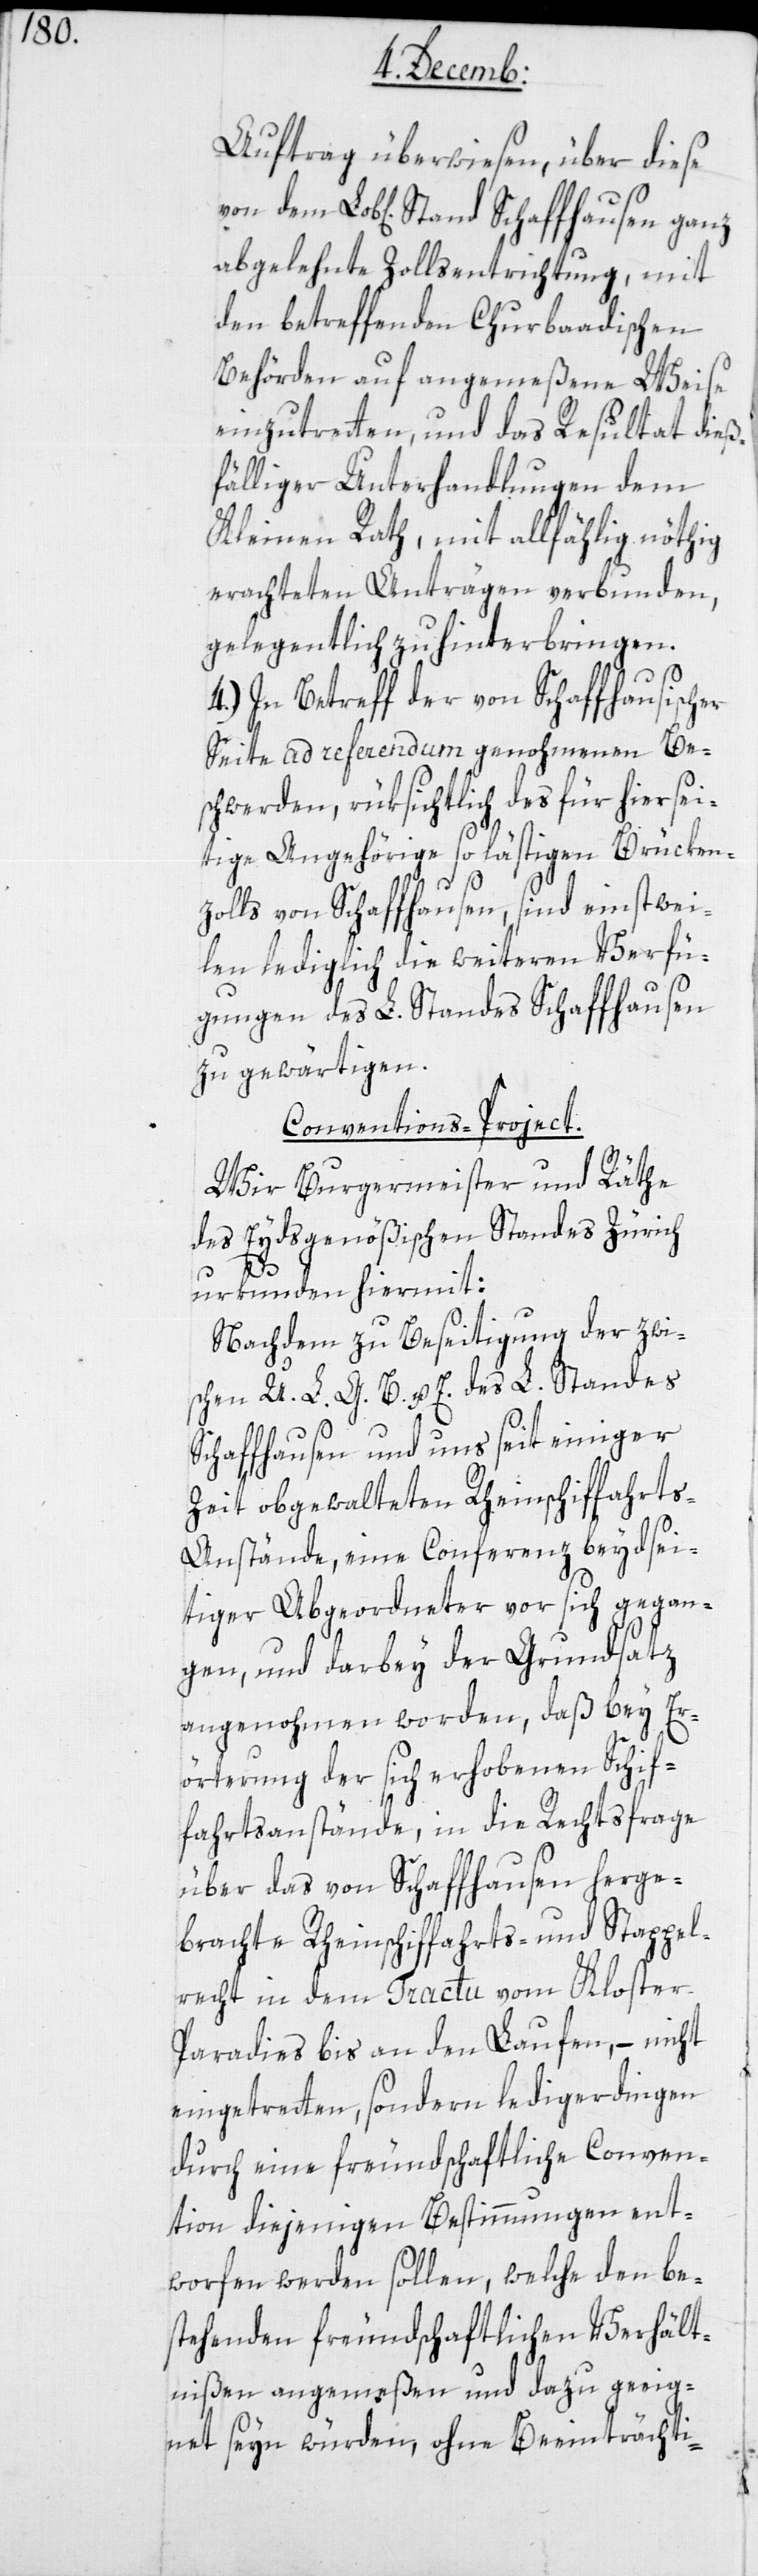
nstände,

trag überwiesen, über diese
abgelehnte Zollsentrichtung, mit
den betreffenden Churbaadischen
Behörden auf angemeßene Weise
einzutreten, und das Resultat dieß¬
fälliger Unterhandlungen dem
Kleinen Rath, mit allfählig nöthig
erachteten Anträgen verbunden,
gelegentlich zu hinterbringen.
4.) In Betreff der von Schaffhausischer
Seite ad referendum genohmenen Be¬
schwerden, rüksichtlich des für hiersei¬
tige Angehörige so lästigen Brücken¬
zolls von Schaffhausen, sind einstwei¬
len lediglich die weiteren Verfü¬
gungen des L. Standes Schaffhausen
zu gewärtigen.
Conferenz beydsei¬
Wir Burgermeister und Räthe
des Eydsgenößischen Standes Zürich
urkunden hiermit:
Nachdem zu Beseitigung der zwi¬
schen U.L.G.B. u. E. des L. Standes
Schaffhausen und uns seit einiger
Zeit obgewalteten Rheinschiffahrts-A¬
tiger Abgeordneter vor sich gegan¬
gen, und darbey der Grundsatz
angenohmen worden, daß bey Er¬
örterung der sich erhobenen Schif¬
fahrtsanstände, in die Rechtsfrage
über das von Schaffhausen herge¬
brachte Rheinschiffahrts- und Stappel¬
recht in dem Tractu vom Kloster
Paradies bis an den Laufen, – nicht
eingetreten, sondern ledigerdingen
durch eine freundschaftliche Conven¬
tion diejenigen Bestimmungen ent¬
worfen werden sollen, welche den be¬
stehenden freundschaftlichen Verhält¬
nißen angemeßen und dazu geeig¬
net seyn würden, ohne Beeinträchti-